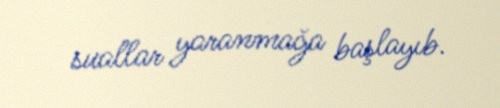
suallar yaranmağa başlayıb.